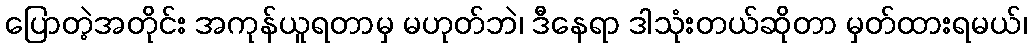
ပြောတဲ့အတိုင်း အကုန်ယူရတာမှ မဟုတ်ဘဲ၊ ဒီနေရာ ဒါသုံးတယ်ဆိုတာ မှတ်ထားရမယ်၊